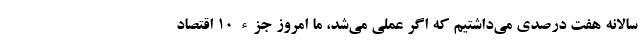
سالانه هفت درصدی می‌داشتیم که اگر عملی می‌شد، ما امروز جزء ۱۰ اقتصاد